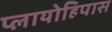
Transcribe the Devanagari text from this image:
प्लायोहिपास